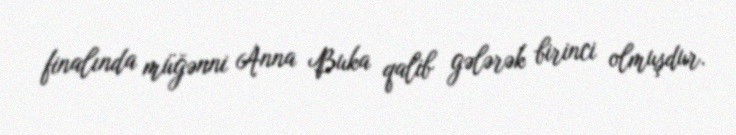
finalında müğənni Anna Buka qalib gələrək birinci olmuşdur.